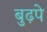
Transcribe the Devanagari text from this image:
बुढ़पे